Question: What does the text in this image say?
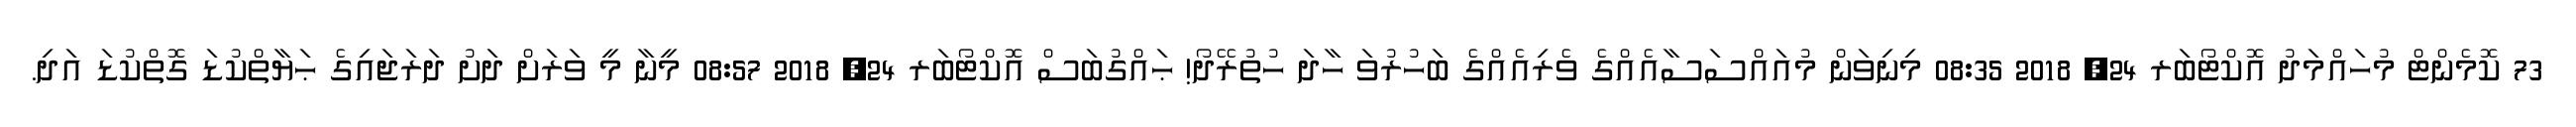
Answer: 73 ކޮމެންޓް މުހައްމަދު އޮކްޓޯބަރ 24, 2018 08:35 މިނިވަން މުއައްސަސާއެއްގެ ވެރިއެއްގެ ބަހުރުވަ ހާދަ ހުތުރޭދޯ! ޙައްގުބަސް އޮކްޓޯބަރ 24, 2018 08:57 މީނާ މީ ވަރަށް ދަށު ދަރަޖައިގެ ޙަޔާތްކުޑަ ގޮތްކުޑަ އަދި.